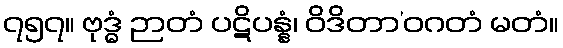
၇၅၇။ ဗုဒ္ဓံ ဉာတံ ပဋိပန္နံ၊ ဝိဒိတာ’ဝဂတံ မတံ။